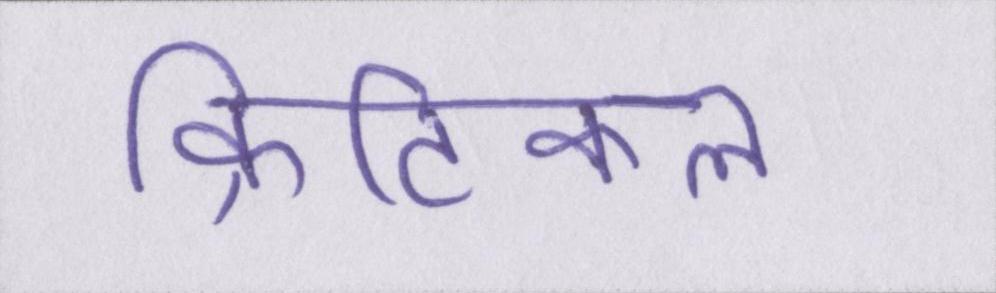
क्रिटिकल